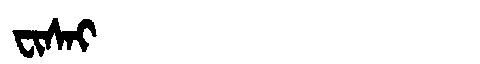
Manchu: ᠸᡳᠰᠠᡳ
Romanization: FISAI